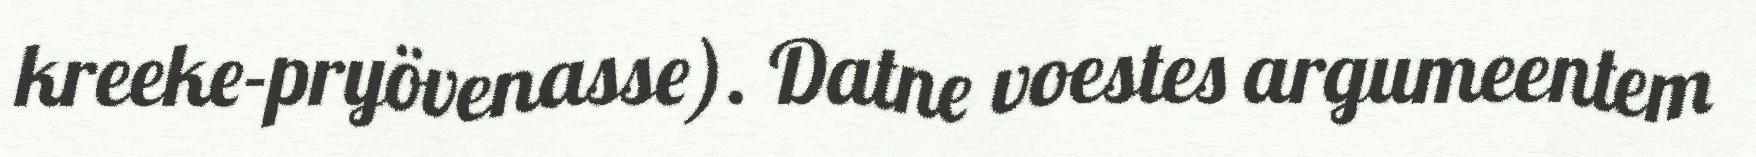
kreeke-pryövenasse). Datne voestes argumeentem